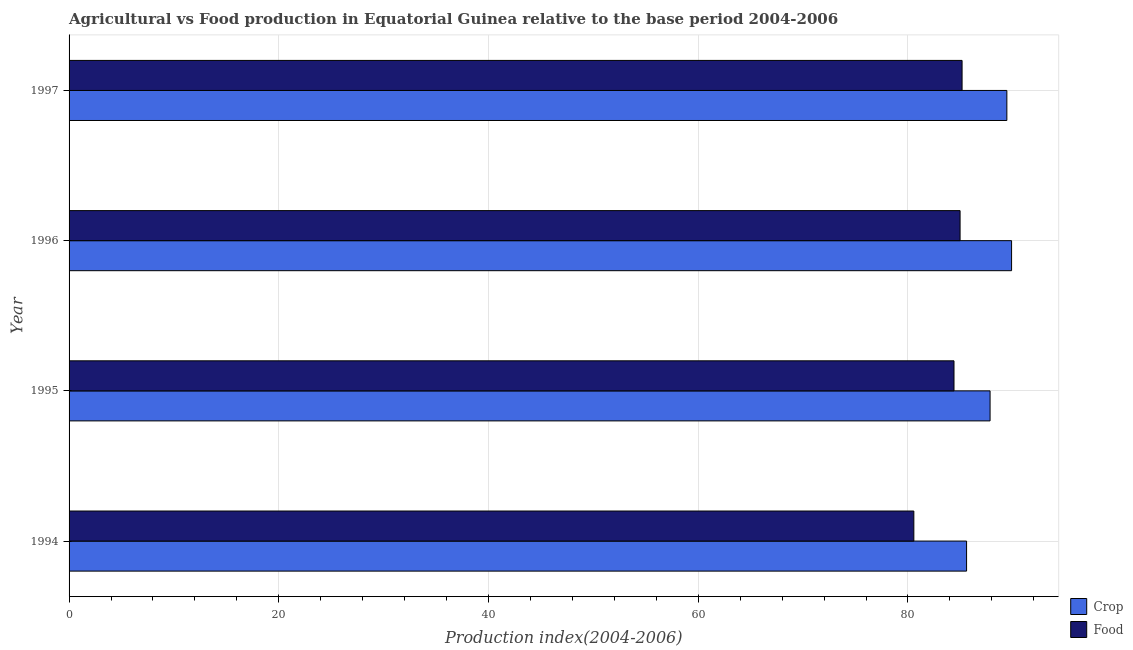
| Year | Crop | Food |
 | --- | --- | --- |
 | 1994 | 85.6 | 80.6 |
 | 1995 | 87.8 | 84.4 |
 | 1996 | 89.9 | 85 |
 | 1997 | 89.4 | 85.2 |